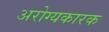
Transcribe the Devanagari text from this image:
अरोग्यकारक